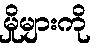
မှိုများကို